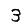
Digit: 3